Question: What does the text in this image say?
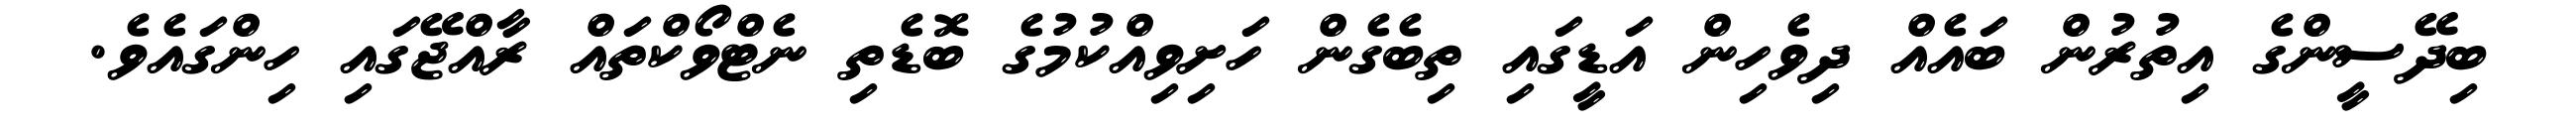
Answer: ބިދޭސީންގެ އިތުރުން ބައެއް ދިވެހިން އަޑީގައި ތިބެގެން ހަށިވިއްކުމުގެ ބޮޑެތި ނެޓްވޯކްތައް ރާއްޖޭގައި ހިންގައެވެ.